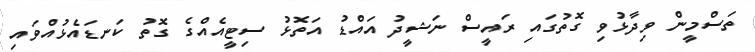
ތަސްމީން ވިދާޅުވި ގޮތުގައި ރައީސް ނަޝީދު އައްޑު އަތޮޅު ސިޓީއެއްގެ ގޮތު ކަނޑައެޅުއްވައި